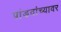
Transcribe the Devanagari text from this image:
पांडवांच्यावर